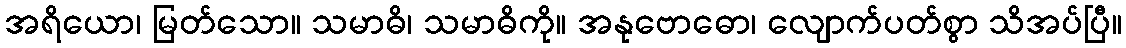
အရိယော၊ မြတ်သော။ သမာဓိ၊ သမာဓိကို။ အနုဗောဓော၊ လျောက်ပတ်စွာ သိအပ်ပြီ။